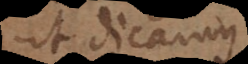
ut dicamu